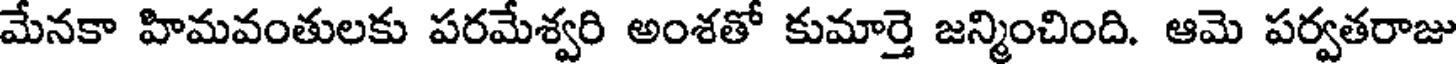
మేనకా హిమవంతులకు పరమేశ్వరి అంశతో కుమార్తె జన్మించింది. ఆమె పర్వతరాజు